Annual returns of the Patna Lunatic Asylum at Bankipore in Bihar and Orissa - 1912-1924
Year: 1912
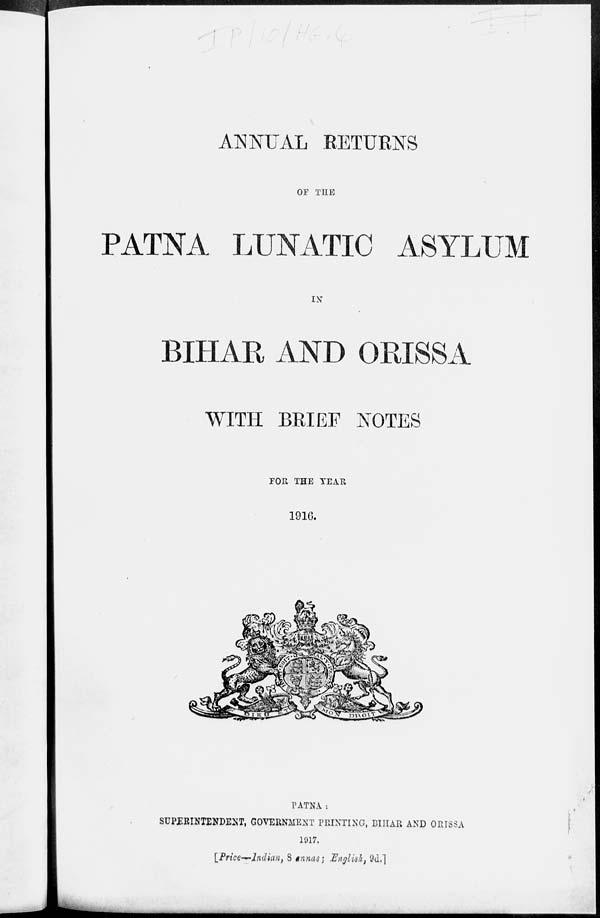
ANNUAL RETURNS
OF THE
PATNA LUNATIC ASYLUM
IN
BIHAR AND ORISSA
WITH BRIEF NOTES
FOR THE YEAR
1916.
PATNA:
SUPERINTENDENT, GOVERNMENT PRINTING, BIHAR AND ORISSA
1917.
[Price—Indian, 8 annas; English, 9d.]